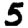
Digit: 5